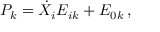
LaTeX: { \cal P } _ { k } = \dot { X } _ { i } E _ { i k } + E _ { 0 k } \, ,